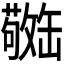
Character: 𫄿